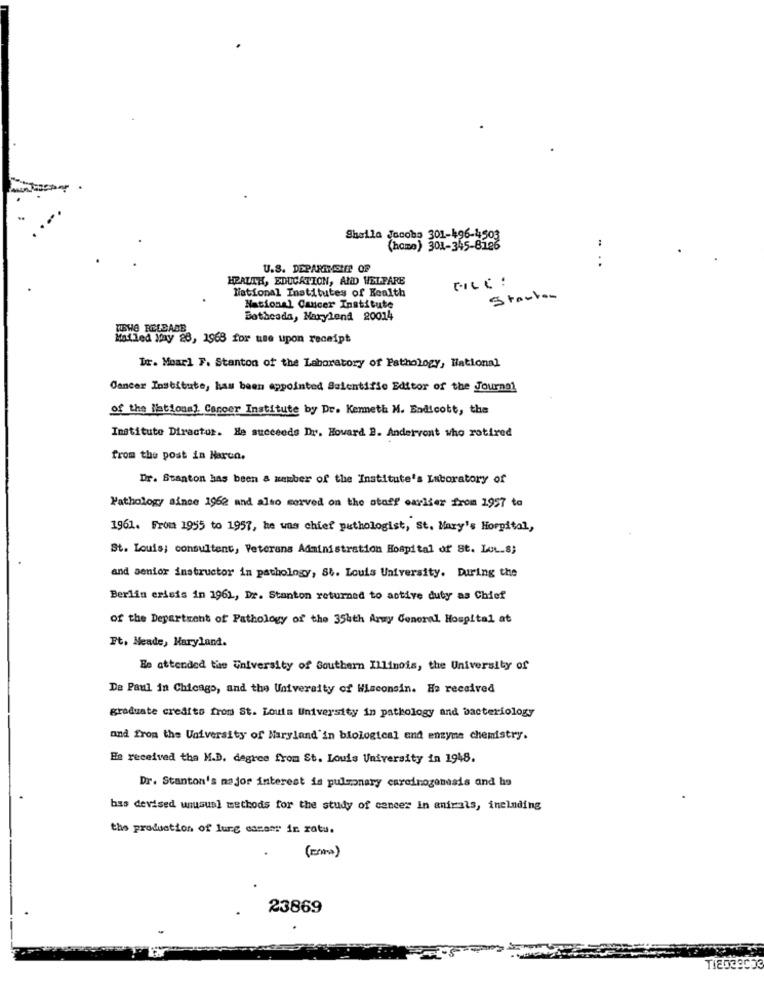
Sheila Jacobs 301-196-4503
:
(home) 301-345-8126
U.S. DEPARMISITE OF
HEALTH, EDUCATION, AND WELFARE
National Institutes of Health
Starten
National Cancer Institute
Bethesda, Narylena 20014
THE RELEASE
Mailed May 28, 1968 for ume upon receipt
Tr. Moarl F. Stanton of the Laboratory of Pathology, National
Cancer Institute, has been appointed Salentifie Editor of the Journal
of the National Cancer Institute by Dr. Kenneth M. Endicott, the
Instituto Diractur. He succeeds Dr. Howard B. Andervont who rotired
from the post in Naren.
Dr. Stanton has been a member of the Institute's Laboratory of
Pathology since 1962 and also served on the staff earlier from 1957 to
1961. From 1955 to 1957, he was chief pathologist, St. Mary's Horpital,
St. Louis; consultent, Veterans Administration Hospital of St. LL.8;
and senior instructor in pathology, St. Louis University. During the
Berlin crisis in 1961, Dr. Stanton returned to active duty as Chief
of the Department of Pathology of the 354th Army General Hospital at
Ft. Meade, Maryland.
Be attended the University of Southern Illinois, the University of
De Paul in Chicago, and the University of Wisconsin. He received
graduate credito from St. Louis University in pathology and bacteriology
and from the University of Maryland'in biological and enzyme chemistry.
He received tha M.D. degree from St. Louis University in 1948.
Dr. Stanton's major interest is pulmonary carcinogenesis and ha
bas devised unusual methods for the study of concer in animals, including
the production of lurg caesar ir ratu.
(mma)
23869